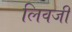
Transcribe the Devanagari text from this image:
लिवजी